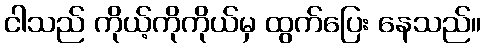
ငါသည် ကိုယ့်ကိုကိုယ်မှ ထွက်ပြေး နေသည်။